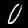
Label: 0